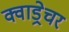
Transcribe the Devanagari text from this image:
क्वाड्रेचर